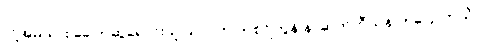
လို့အမဲသား ခေါက်ဆွဲရောင်းသူ သာဝတ် ကစ်ဂ်ျကွန် နာဆက်တီယန် ကပြောတယ်။